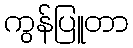
ကွန်ပြူတာ